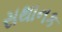
સથાનક